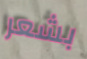
بشعر